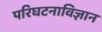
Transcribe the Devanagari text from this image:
परिघटनाविज्ञान